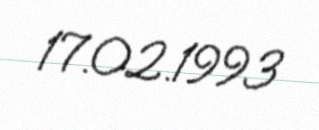
17.02.1993